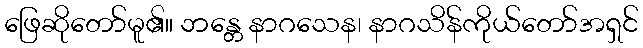
ဖြေဆိုတော်မူ၏။ ဘန္တေ နာဂသေန၊ နာဂသိန်ကိုယ်တော်အရှင်